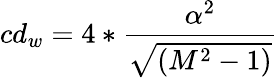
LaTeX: cd_{w}=4*{\frac{\alpha^{2}}{\sqrt{(M^{2}-1)}}}